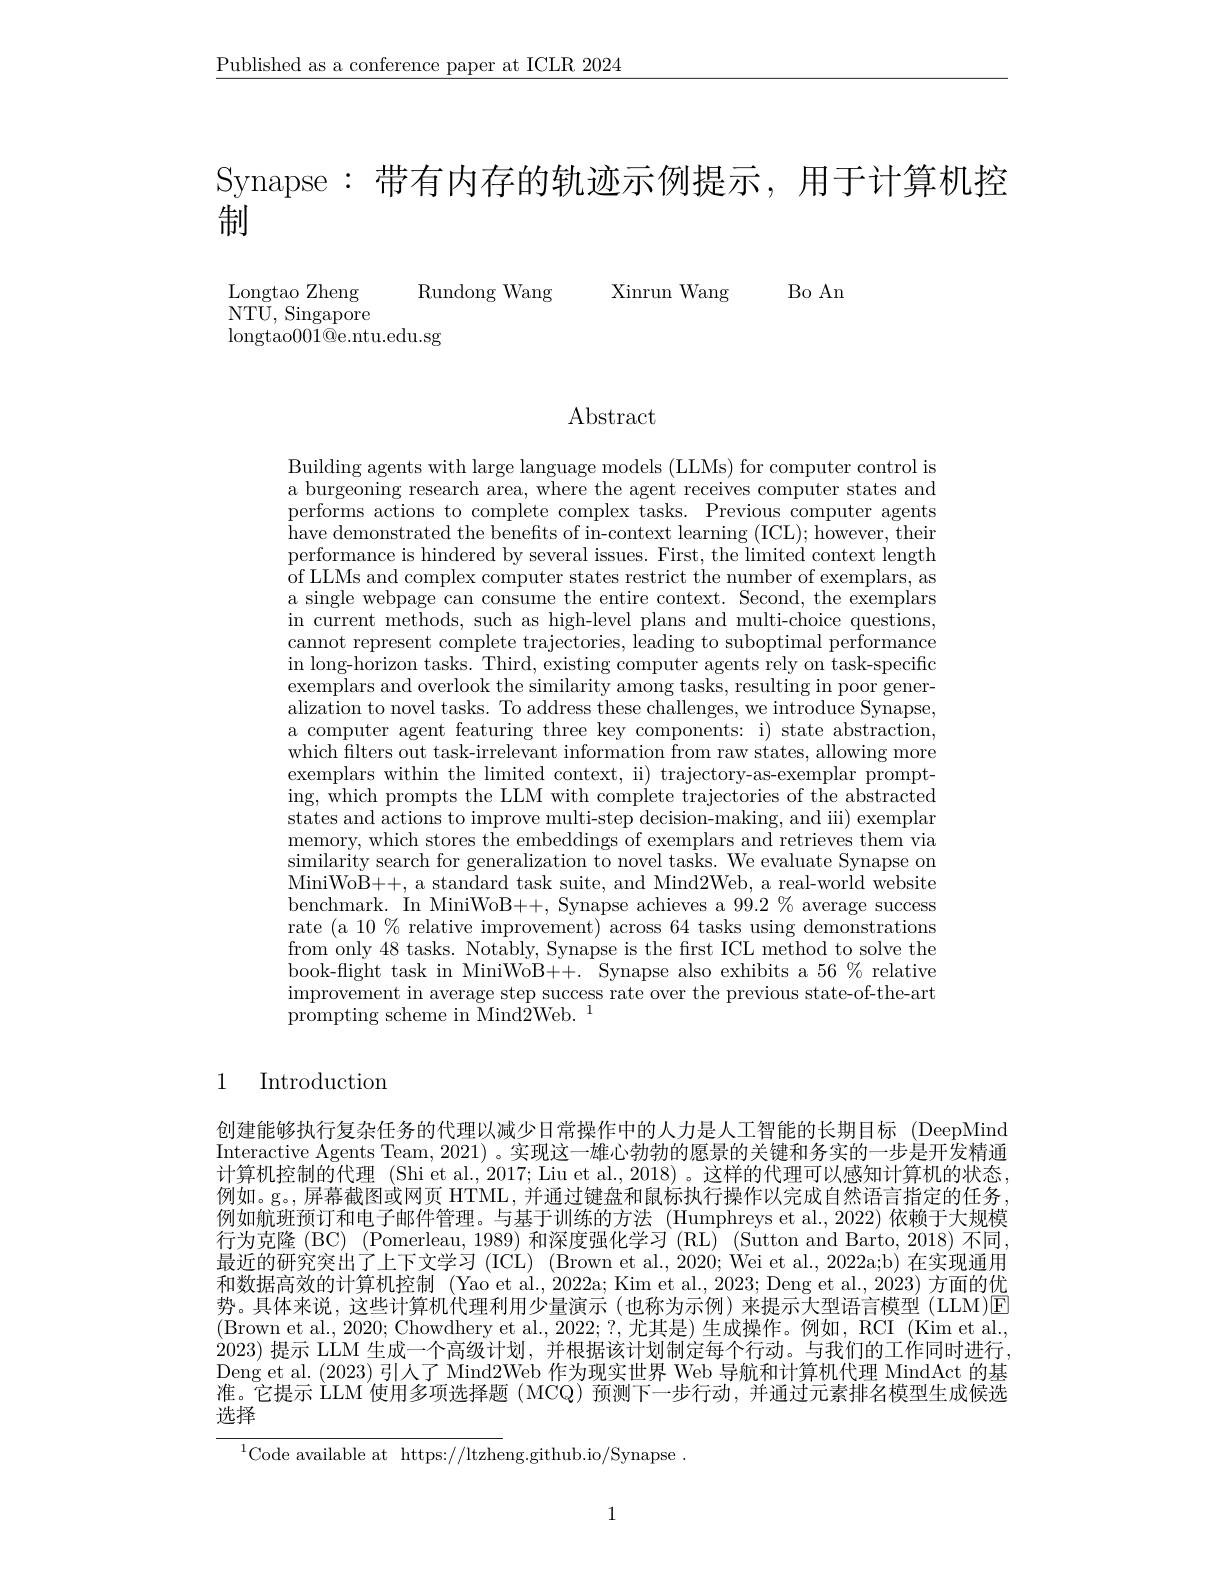
$\underline{\text{Published as a conference paper at ICLR 2024}}$

Synapse:带有内存的轨迹示例提示，用于计算机控
制

Bo An

Xinrun Wang

Longtao Zheng
Rundong Wang
NTU, Singapore
$\operatorname{longtao}001@$e.ntu.edu.sg

Abstract

Building agents with large language models (LLMs) for computer control is a burgeoning research area, where the agent receives computer states and performs actions to complete complex tasks. Previous computer agents have demonstrated the benefits of in-context learning (ICL); however, their performance is hindered by several issues. First, the limited context length of LLMs and complex computer states restrict the number of exemplars, as a single webpage can consume the entire context. Second, the exemplars in current methods, such as high-level plans and multi-choice questions, cannot represent complete trajectories, leading to suboptimal performance in long-horizon tasks. Third, existing computer agents rely on task-specific $\bar{\text{exemplars and overlook the similarity among tasks, resulting in poor gener-}}$ alization to novel tasks. To address these challenges, we introduce Synapse, a computer agent featuring three key components: i) state abstraction, which filters out task-irrelevant information from raw states, allowing more exemplars within the limited context, ii) trajectory-as-exemplar prompting, which prompts the LLM with complete trajectories of the abstracted states and actions to improve multi-step decision-making, and iii) exemplar memory, which stores the embeddings of exemplars and retrieves them via MiniWo$\dot{\text{B}+}+$, a standard task suite, and Mind2Web, a real-world website benchmark. In MiniWoB++, Synapse achieves a $99.2\%$ average success rate (a 10 $\%$ relative improvement) across 64 tasks using demonstrations from only 48 tasks. Notably, Synapse is the first ICL method to solve the book-flight task in MiniWoB++. Synapse also exhibits a 56% relative $\bar{\text{improvement in average step success rate over the previous state-of-the-art}}$ ${\dot{\text{prompting scheme in Mind}2}}{\dot{\mathrm{Web.}}}^{1}$

# 1 Introduction

创建能够执行复杂任务的代理以减少日常操作中的人力是人工智能的长期目标 (DeepMind Interactive Agents Team, 2021) 。实现这一雄心勃勃的愿景的关键和务实的一步是开发精通计算机控制的代理 (Shi et al., 2017; Liu et al., 2018) 。这样的代理可以感知计算机的状态， 例如。g。屏幕截图或网页 HTML,并通过键盘和鼠标执行操作以完成自然语言指定的任务， 例如航班预订和电子邮件管理。与基于训练的方法 (Humphreys et al., 2022)依赖于大规模行为克隆 (BC) (Pomerleau, 1989) 和深度强化学习 (RL) (Sutton and Barto, 2018) 不同， 最近的研究突出了上下文学习 (ICL) (Brown et al., 2020; Wei et al., 2022a;b) 在实现通用和数据高效的计算机控制 (Yao et al., 2022a; Kim et al., 2023; Deng et al., 2023) 方面的优势。具体来说，这些计算机代理利用少量演示(也称为示例)来提示大型语言模型(LLM)E (Brown et al., 2020; Chowdhery et al., 2022; ?, 尤其是) 生成操作。例如，RCI (Kim et al., 2023)提示 LLM 生成一个高级计划，并根据该计划制定每个行动。与我们的工作同时进行， Deng et al. (2023)引人了 Mind2Web 作为现实世界 Web 导航和计算机代理 MindAct 的基准。它提示 LLM 使用多项选择题 ( MCQ) 预测下一步行动，并通过元素排名模型生成候选选择

$^{1}$Code available at https://ltzheng.github.io/Synapse.

1